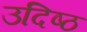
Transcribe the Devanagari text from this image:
उदिष्ठ